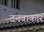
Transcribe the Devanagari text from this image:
दनवाकार